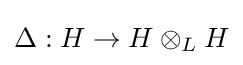
\Delta :H\to H\otimes _{L}H